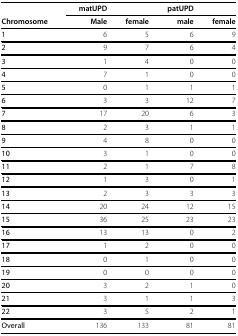
|  | matUPD |  | patUPD |  |
 | Chromosome | Male | female | male | female |
 | --- | --- | --- | --- | --- |
 | 1 | 6 | 5 | 6 | 9 |
 | 2 | 9 | 7 | 6 | 4 |
 | 3 | 1 | 4 | 0 | 0 |
 | 4 | 7 | 1 | 0 | 0 |
 | 5 | 0 | 1 | 1 | 1 |
 | 6 | 3 | 3 | 12 | 7 |
 | 7 | 17 | 20 | 6 | 3 |
 | 8 | 2 | 3 | 1 | 1 |
 | 9 | 4 | 8 | 0 | 0 |
 | 10 | 3 | 1 | 0 | 0 |
 | 11 | 2 | 1 | 7 | 8 |
 | 12 | 1 | 3 | 0 | 1 |
 | 13 | 2 | 3 | 3 | 3 |
 | 14 | 20 | 24 | 12 | 15 |
 | 15 | 36 | 25 | 23 | 23 |
 | 16 | 13 | 13 | 0 | 2 |
 | 17 | 1 | 2 | 0 | 0 |
 | 18 | 0 | 1 | 0 | 0 |
 | 19 | 0 | 0 | 0 | 0 |
 | 20 | 3 | 2 | 1 | 0 |
 | 21 | 3 | 1 | 1 | 3 |
 | 22 | 3 | 5 | 2 | 1 |
 | Overall | 136 | 133 | 81 | 81 |